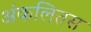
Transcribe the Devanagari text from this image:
अंकलितस